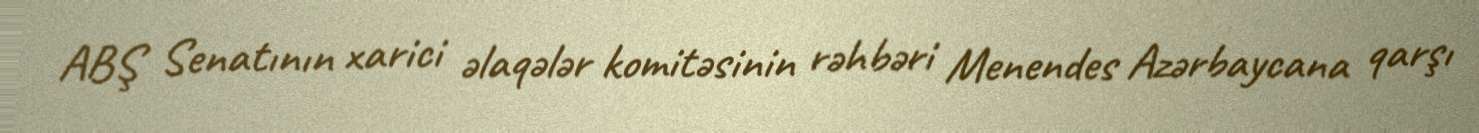
ABŞ Senatının xarici əlaqələr komitəsinin rəhbəri Menendes Azərbaycana qarşı